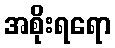
အစိုးရရော